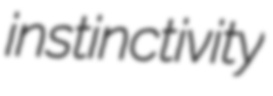
instinctivity